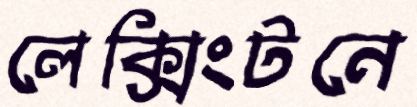
লেক্সিংটনে